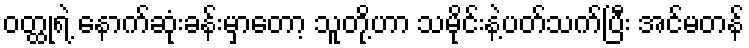
ဝတ္ထုရဲ့ နောက်ဆုံးခန်းမှာတော့ သူတို့ဟာ သမိုင်းနဲ့ပတ်သက်ပြီး အင်မတန်